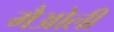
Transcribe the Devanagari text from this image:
मैओली